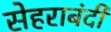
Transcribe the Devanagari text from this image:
सेहराबंदी